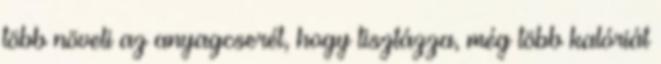
több növeli az anyagcserét, hogy tisztázza, még több kalóriát